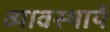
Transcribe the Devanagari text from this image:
व्यावस्थायें